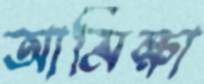
আমিক্ষা